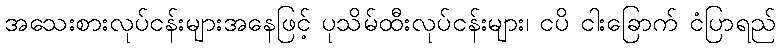
အသေးစားလုပ်ငန်းများအနေဖြင့် ပုသိမ်ထီးလုပ်ငန်းများ၊ ငပိ ငါးခြောက် ငံပြာရည်